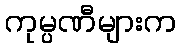
ကုမ္ပဏီများက